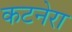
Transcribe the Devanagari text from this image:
कटनेरा